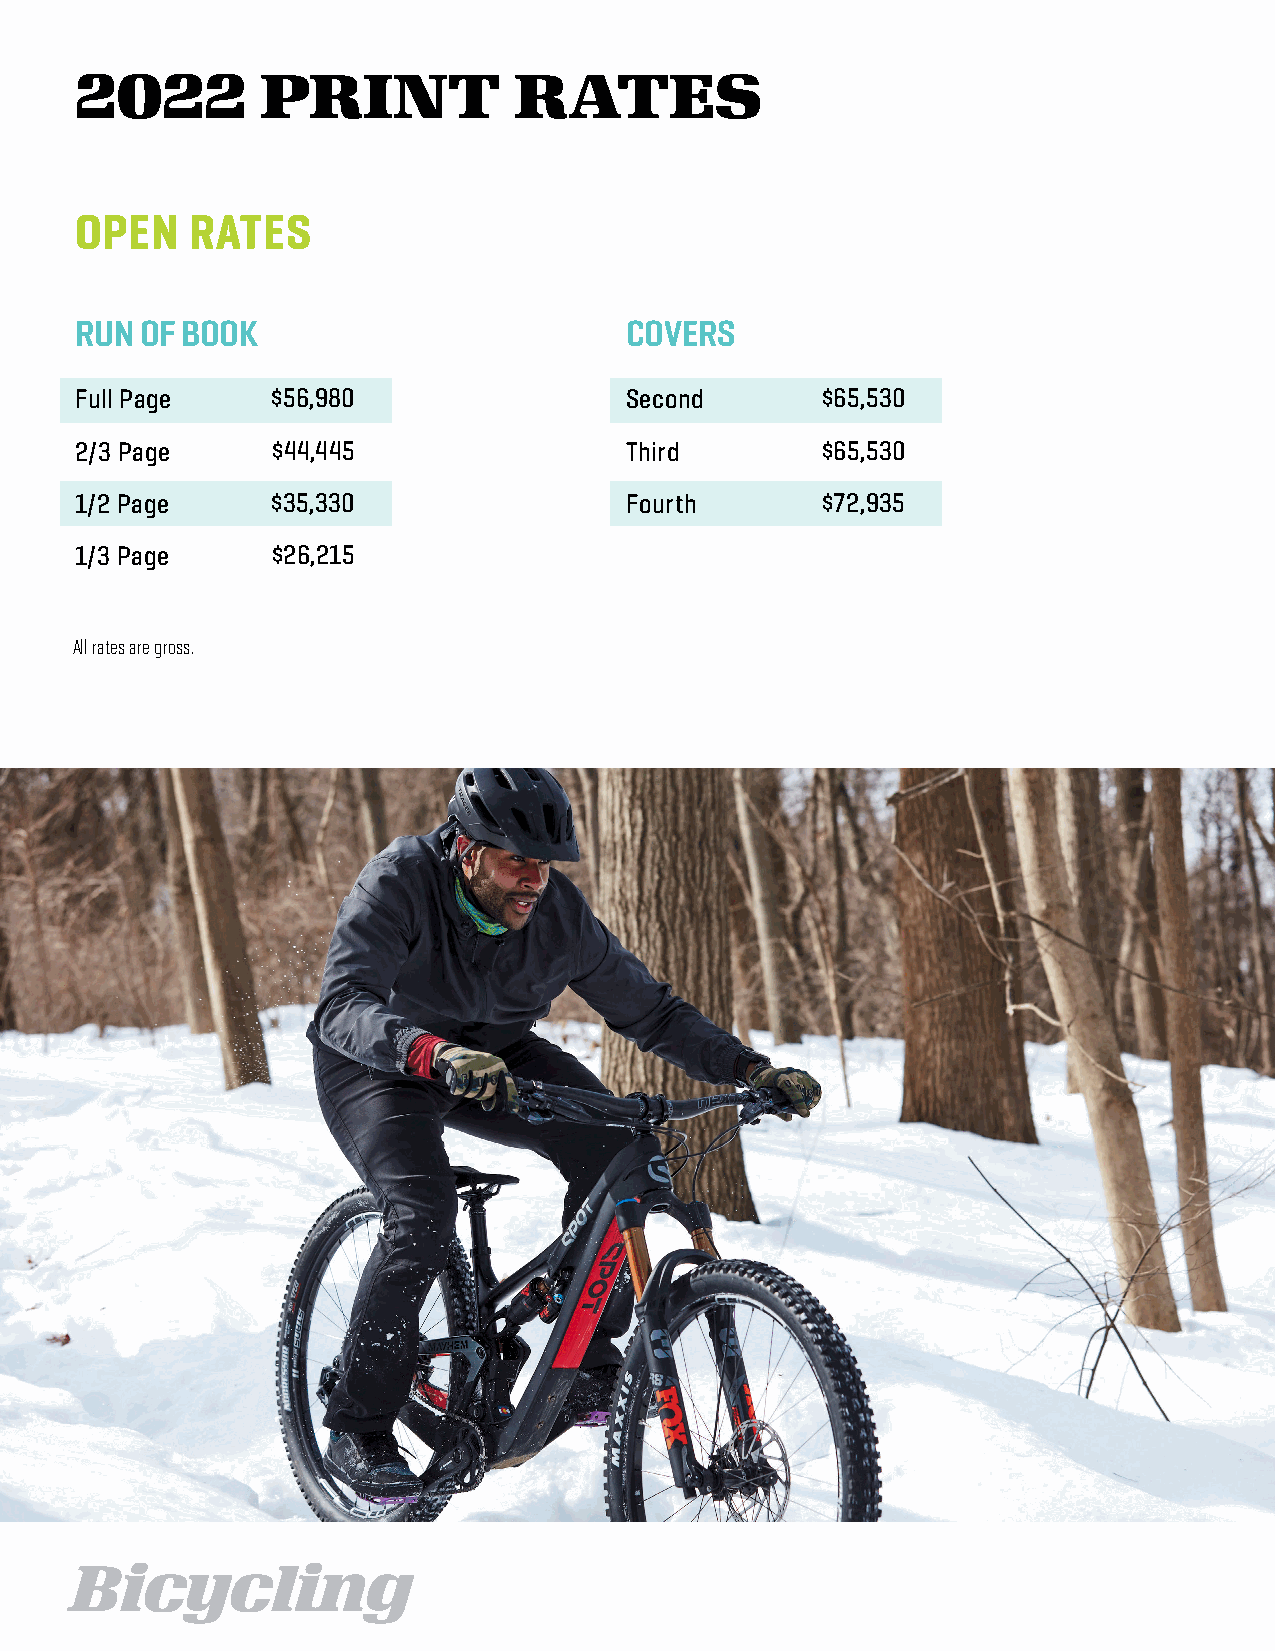
2022        PRINT            RATES
 OPEN    RATES
 RUN OF BOOK                         COVERS
 Full Page    $56,980                Second       $65,530
 2/3 Page     $44,445                Third        $65,530
 1/2 Page     $35,330                Fourth       $72,935
 1/3 Page     $26,215
 All rates are gross.
 Bicycling